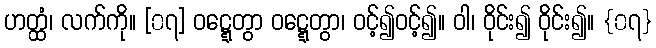
ဟတ္ထံ၊ လက်ကို။ [၀၇] ဝဋ္ဋေတွာ ဝဋ္ဋေတွာ၊ ဝင့်၍ဝင့်၍။ ဝါ၊ ဝိုင်း၍ ဝိုင်း၍။ {၀၇}